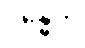
ဂန္ဓေဟိ